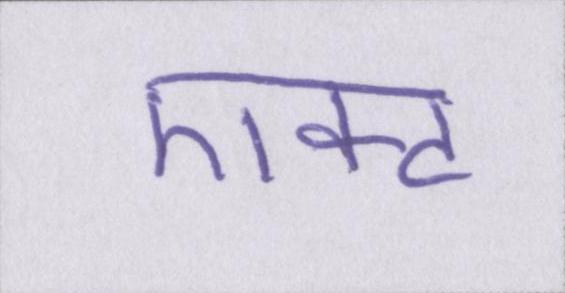
एक्ट